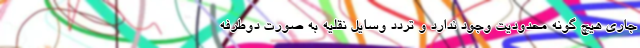
جاری هیچ گونه محدودیت وجود ندارد و تردد وسایل نقلیه به صورت دوطرفه